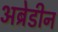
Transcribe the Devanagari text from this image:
अब्रेडीन